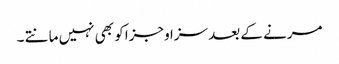
مرنے کے بعد سزا وجزا کو بھی نہیں مانتے ۔